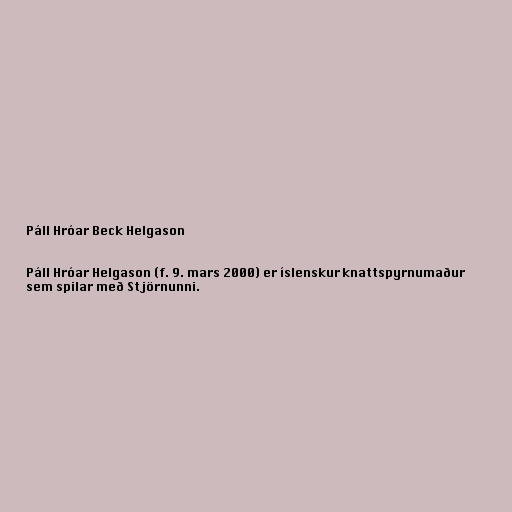
Páll Hróar Beck Helgason

Páll Hróar Helgason (f. 9. mars 2000) er íslenskur knattspyrnumaður
sem spilar með Stjörnunni.